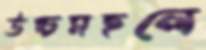
উচ্চমহলে